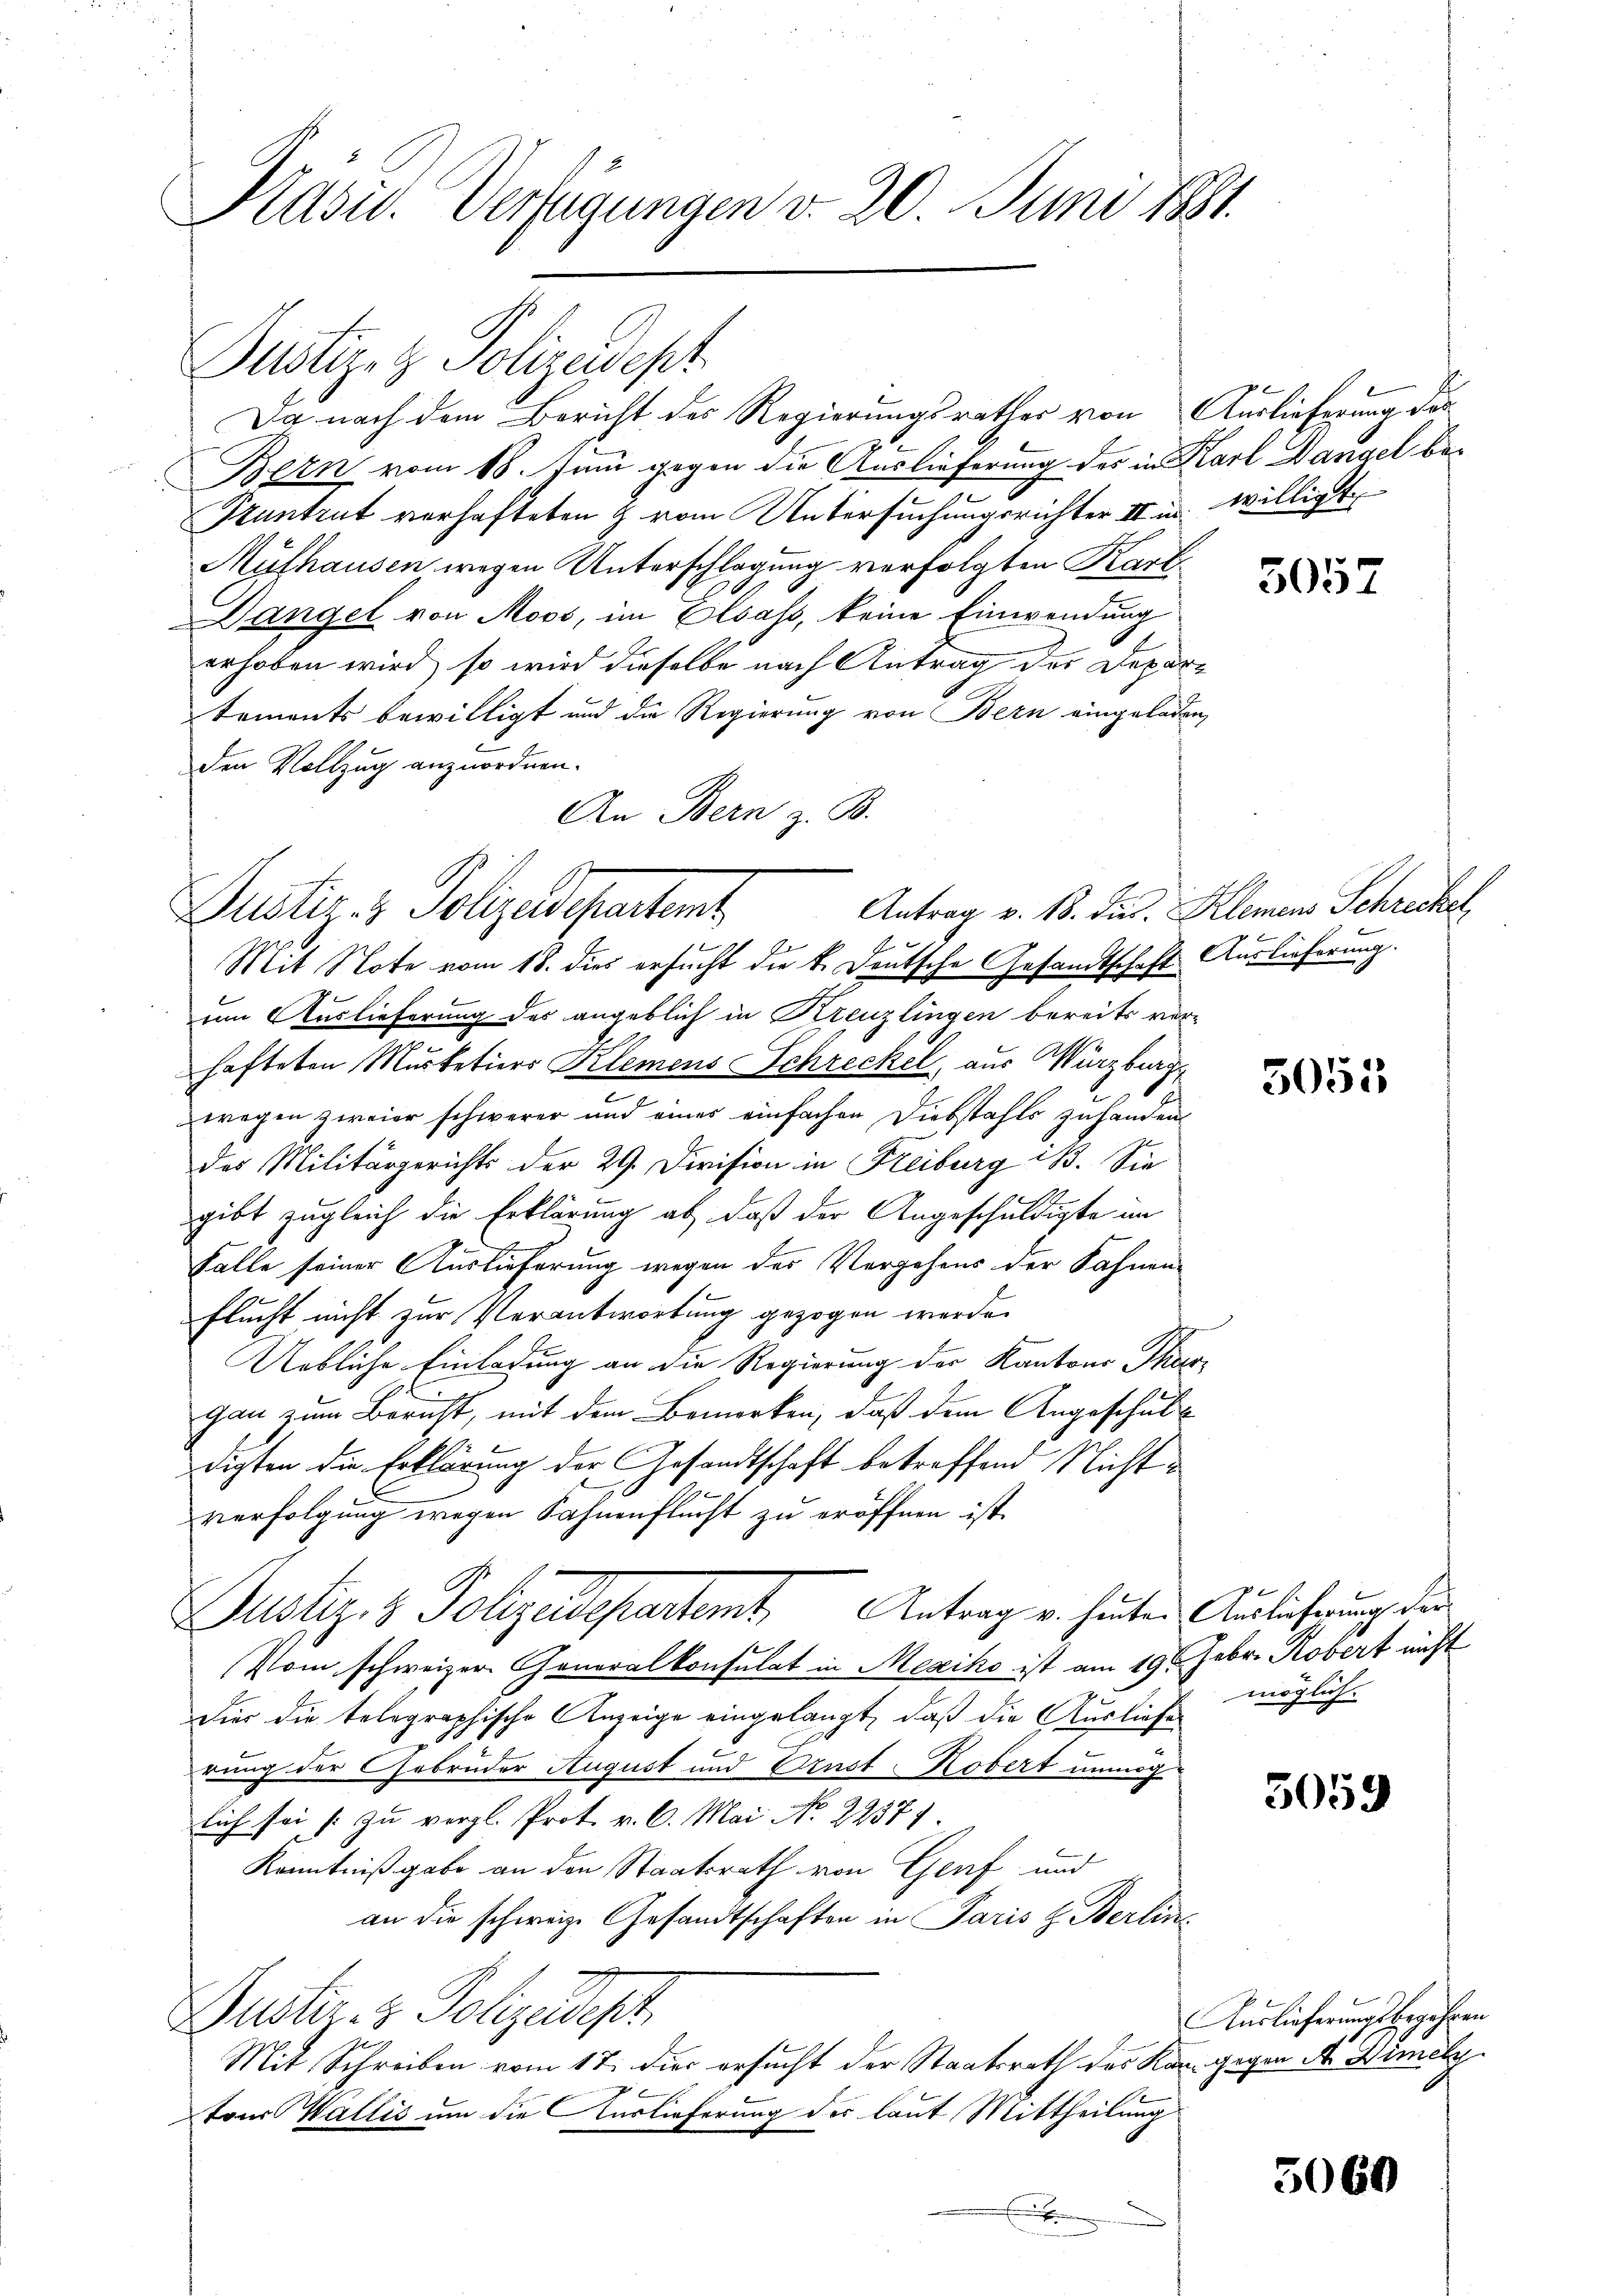
Präsid. Verfügungen v. 20. Juni 1881.

Justiz- & Polizeidept
Da nach dem Bericht des Regierungsrathes von Auslieferung das
2
Bern vom 18. Juni gegen die Auslieferung des in Karl Dangel be¬
Pruntrut verhafteten & vom Untersuchungsrichter II in willigt
Mülhausen wegen Unterschlagung verfolgten Kart
Dangel von Moos, im Elsass, keine Einwendung
erhoben wird, so wird dieselbe nach Antrag des Departements bewilligt und die Regierung von Bern eingeladen,
den Vollzug anzuordnen.
An Bern z. B.
um Auslieferung des angeblich in Kreuzlingen bereits vor-
hafteten Murketiers Klemens Schreckel, aus Würzburg
.
wegen zweier schwerer und eines einfachen Diebstahls zuhanden
das Militärgerichts der 29. Division in Freiburg i. Sie
gibt zugleich die Erklärung ab, daß der Angeschuldigte im
Fälle seiner Auslieferung wegen des Vergehens der Fahnen¬
Flucht nicht zur Verantwortung gezogen werde.
Uebliche Einladung an die Regierung der Kantons Thur-
gan zum Bericht, mit dem Bemerken, daß dem Angeschuldigten die Erklärung der Gesandtschaft betreffend Nichtverfolgung wegen Sahnenflucht zu eröffnen ist.
Justiz- & Polyedepartamt Antrag v. heuten Ausführung der
Pom schweizer Generalkonsulat in Mexiko ist am 19. Febr. Robert nicht
fier die telegraphische Anzeige eingelangt, daß die Ausliefe
rung der Gebrüder August und Brust-Kobert unmöglich sei zu vergl. Prot. v. 6. Mai No 22371.
Kenntnißgabe an den Staatsrath von Graf und
an die schweiz. Gesandtschaften in Paris z. Berlin¬
Zustiz- & Polizeidest
Mit Schreiben vom 17. dies ersucht der Staatsrath des Kann gegen A Dimitz
tons Wallis um die Auslieferung der laut Mittheilung

Justiz- & Polizeidepartent
Mit Note vom 18. dies ersucht die k. Deutsche Gesandtschaft Auslieferung.

5057

Antrag v. 18. dies. Kleinen Schreckel,

5051

möglich.

5059

Auslieferungsbegehren

5060